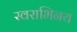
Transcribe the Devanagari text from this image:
स्वराभिनय